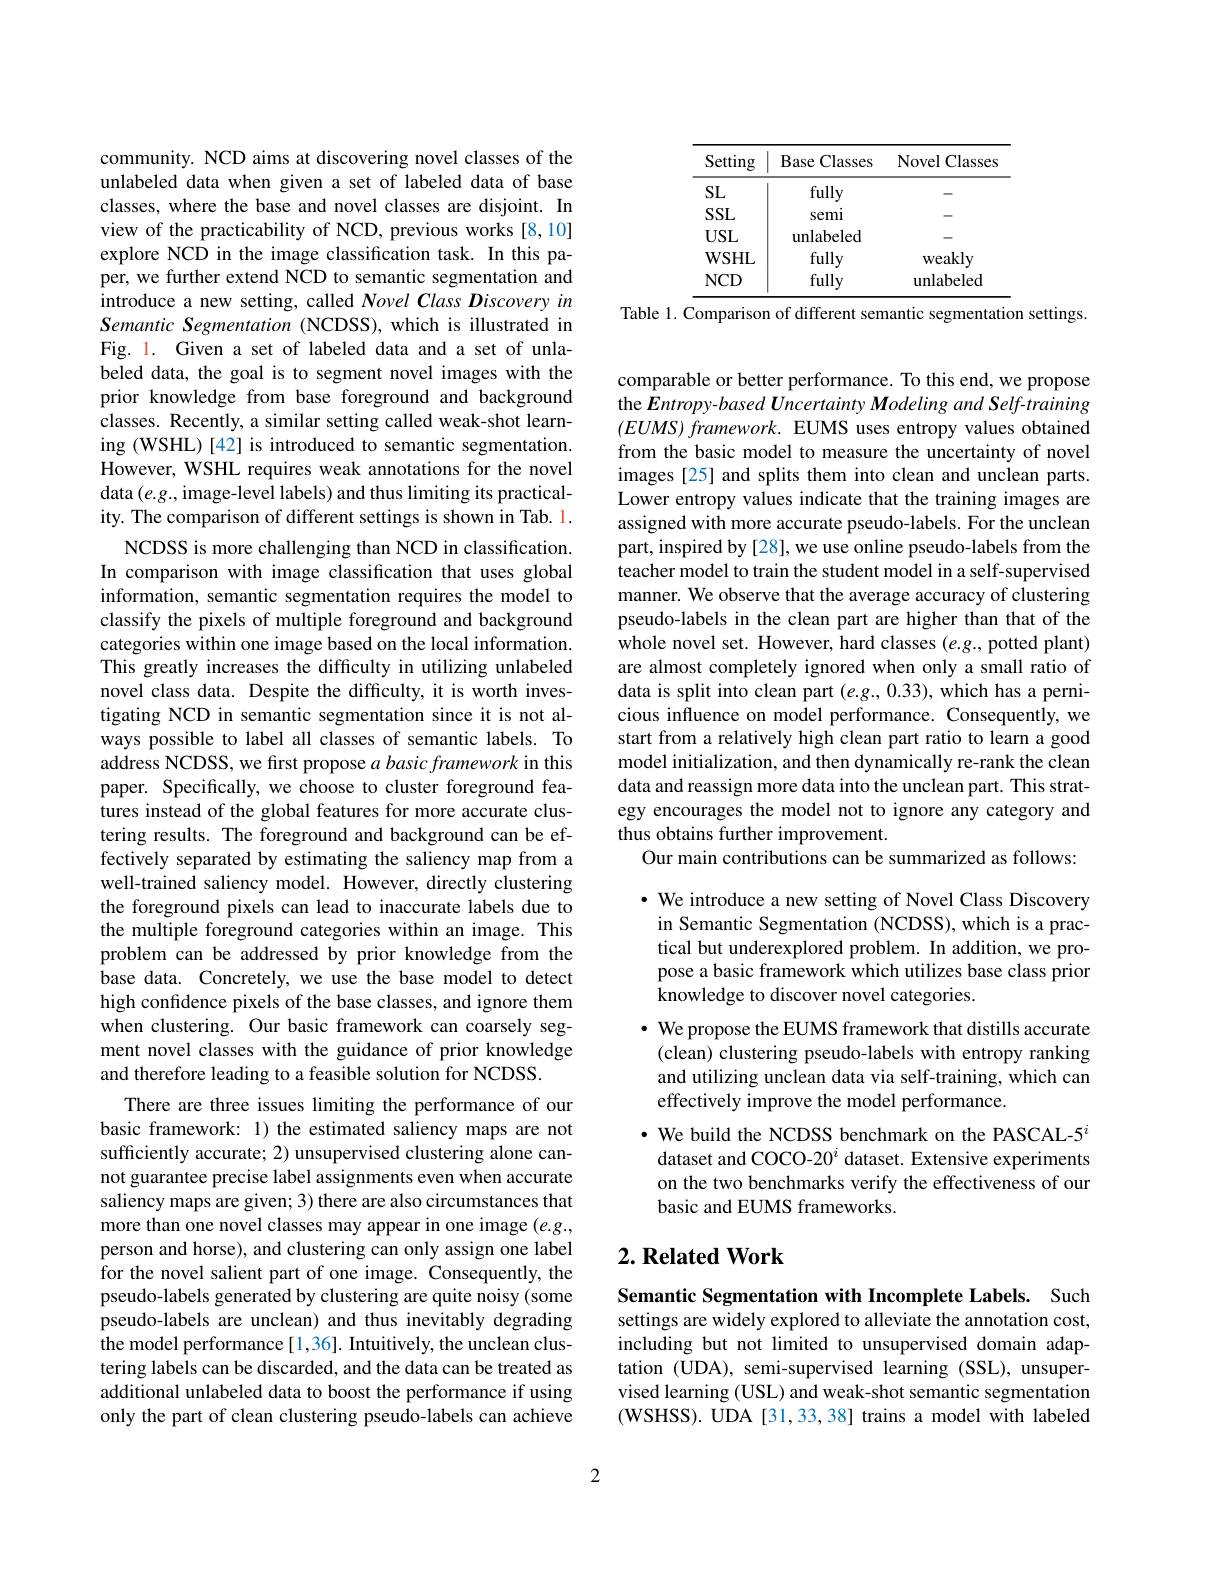
<table>
	<tbody>
		<tr>
			<th>Setting</th>
			<th>Base Classes</th>
			<th>Novel Classes</th>
		</tr>
		<tr>
			<td>SL</td>
			<td>fully</td>
			<td>-</td>
		</tr>
		<tr>
			<td>$SSL$</td>
			<td>semi</td>
			<td> </td>
		</tr>
		<tr>
			<td>$USL$</td>
			<td>unlabeled</td>
			<td> </td>
		</tr>
		<tr>
			<td>$WSHL$</td>
			<td>fully</td>
			<td>weakly</td>
		</tr>
		<tr>
			<td>$NCD$</td>
			<td>fully</td>
			<td>unlabeled</td>
		</tr>
	</tbody>
</table>
Table 1. Comparison of different semantic segmentation settings.

community. NCD aims at discovering novel classes of the unlabeled data when given a set of labeled data of base classes, where the base and novel classes are disjoint. In view of the practicability of NCD, previous works [8,10] explore NCD in the image classification task. In this paper, we further extend NCD to semantic segmentation and introduce a new setting, called Novel Class Discovery in Semantic Segmentation (NCDSS), which is illustrated in Fig. l. Given a set of labeled data and a set of unlabeled data, the goal is to segment novel images with the prior knowledge from base foreground and background classes. Recently, a similar setting called weak-shot learning (WSHL)[42] is introduced to semantic segmentation. However, WSHL requires weak annotations for the novel data $(e.g.$, image-level labels) and thus limiting its practicality. The comparison of different settings is shown in Tab. 1.
NCDSS is more challenging than NCD in classification. In comparison with image classification that uses global information, semantic segmentation requires the model to classify the pixels of multiple foreground and background categories within one image based on the local information. This greatly increases the difficulty in utilizing unlabeled novel class data. Despite the difficulty, it is worth investigating NCD in semantic segmentation since it is not always possible to label all classes of semantic labels. To address NCDSS, we first propose $a\textit{basicframework in this}$ paper. Specifically, we choose to cluster foreground features instead of the global features for more accurate clustering results. The foreground and background can be effectively separated by estimating the saliency map from a well-trained saliency model. However, directly clustering the foreground pixels can lead to inaccurate labels due to the multiple foreground categories within an image. This problem can be addressed by prior knowledge from the base data. Concretely, we use the base model to detect high confidence pixels of the base classes, and ignore them when clustering. Our basic framework can coarsely segment novel classes with the guidance of prior knowledge and therefore leading to a feasible solution for NCDSS.
There are three issues limiting the performance of our basic framework: 1) the estimated saliency maps are not sufficiently accurate; 2) unsupervised clustering alone cannot guarantee precise label assignments even when accurate saliency maps are given; 3) there are also circumstances that more than one novel classes may appear in one image $(e.g.$, person and horse), and clustering can only assign one label for the novel salient part of one image. Consequently, the pseudo-labels generated by clustering are quite noisy (some pseudo-labels are unclean) and thus inevitably degrading the model performance[1,36]. Intuitively, the unclean clustering labels can be discarded, and the data can be treated as additional unlabeled data to boost the performance if using only the part of clean clustering pseudo-labels can achieve

comparable or better performance. To this end, we propose the Entropy-based Uncertainty Modeling and Self-training $( EUMS) \textit{ framework. EUMS uses entropy values obtained}$ from the basic model to measure the uncertainty of novel images [25] and splits them into clean and unclean parts. Lower entropy values indicate that the training images are assigned with more accurate pseudo-labels. For the unclean part, inspired by [28], we use online pseudo-labels from the teacher model to train the student model in a self-supervised manner. We observe that the average accuracy of clustering pseudo-labels in the clean part are higher than that of the whole novel set. However, hard classes $(e.g.$,potted plant) are almost completely ignored when only a small ratio of data is split into clean part $(e.g.,0.33)$, which has a pernicious influence on model performance. Consequently, we start from a relatively high clean part ratio to learn a good model initialization, and then dynamically re-rank the clean data and reassign more data into the unclean part. This strategy encourages the model not to ignore any category and thus obtains further improvement.
Our main contributions can be summarized as follows:

· We introduce a new setting of Novel Class Discovery in Semantic Segmentation (NCDSS), which is a practical but underexplored problem. In addition, we propose a basic framework which utilizes base class prior knowledge to discover novel categories.
· We propose the EUMS framework that distills accurate (clean) clustering pseudo-labels with entropy ranking and utilizing unclean data via self-training, which can effectively improve the model performance.
$\cdot$ We build the NCDSS benchmark on the PASCAL-5$^i$ dataset and COCO-20$^i$ dataset. Extensive experiments on the two benchmarks verify the effectiveness of our basic and EUMS frameworks.

## $2. \textbf{Related Work}$

Semantic Segmentation with Incomplete Labels. Such settings are widely explored to alleviate the annotation cost, including but not limited to unsupervised domain adaptation (UDA), semi-supervised learning (SSL), unsupervised learning (USL) and weak-shot semantic segmentation ( WSHSS) . UDA [ 31, 33, 38] trains a model with labeled

2